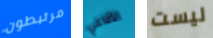
مرتبطون الأفاعي ليست